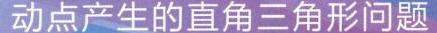
动点产生的直角三角形问题